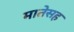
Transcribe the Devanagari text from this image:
मातेसह